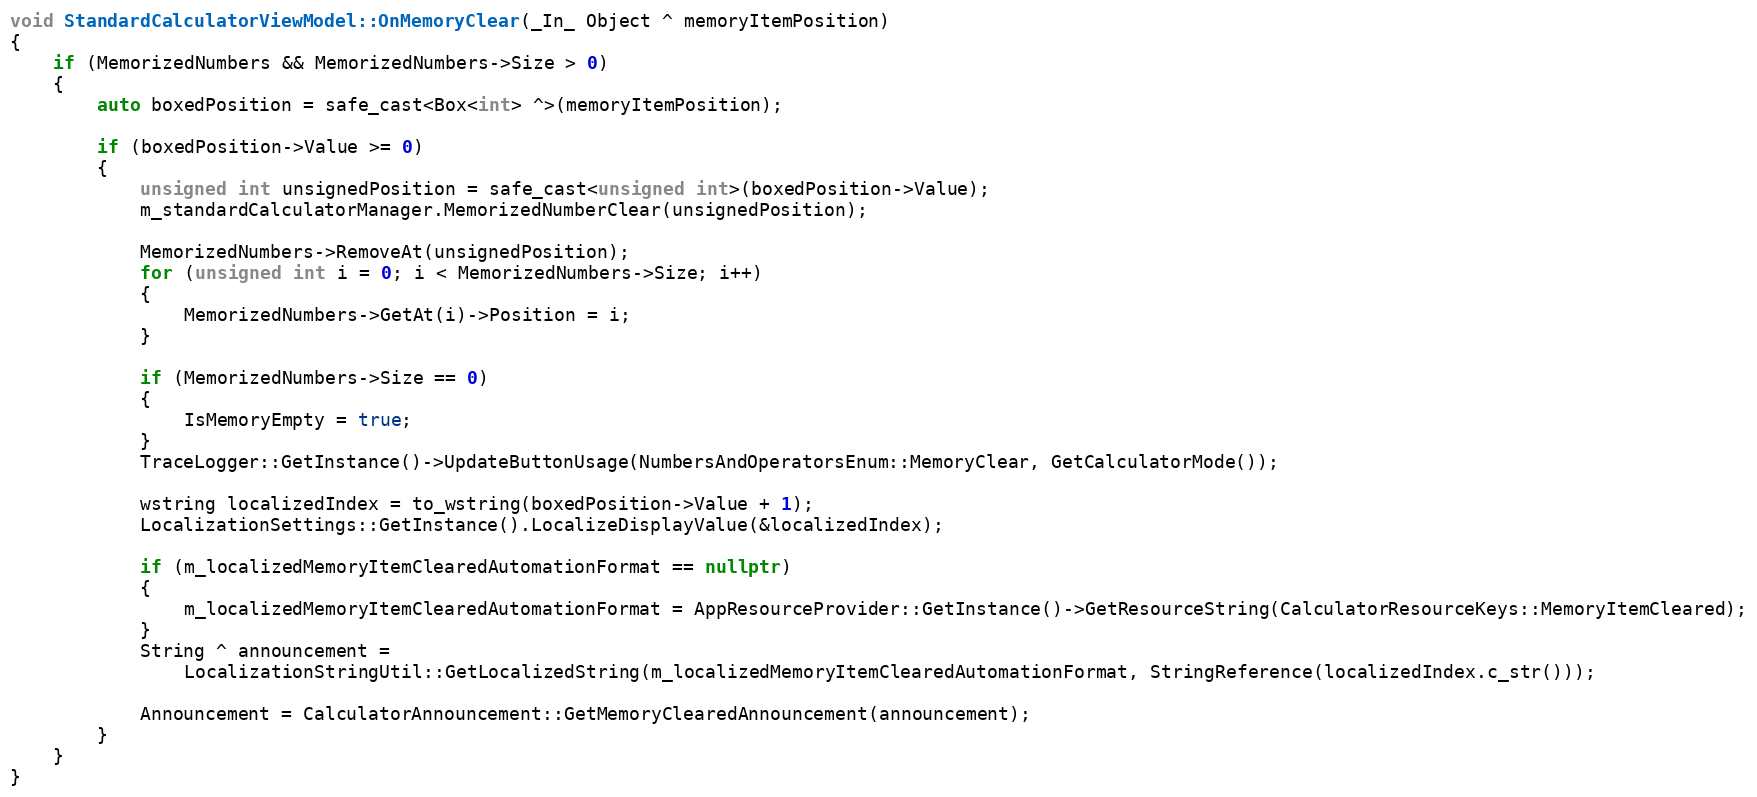
Language: C++
void StandardCalculatorViewModel::OnMemoryClear(_In_ Object ^ memoryItemPosition)
{
    if (MemorizedNumbers && MemorizedNumbers->Size > 0)
    {
        auto boxedPosition = safe_cast<Box<int> ^>(memoryItemPosition);

        if (boxedPosition->Value >= 0)
        {
            unsigned int unsignedPosition = safe_cast<unsigned int>(boxedPosition->Value);
            m_standardCalculatorManager.MemorizedNumberClear(unsignedPosition);

            MemorizedNumbers->RemoveAt(unsignedPosition);
            for (unsigned int i = 0; i < MemorizedNumbers->Size; i++)
            {
                MemorizedNumbers->GetAt(i)->Position = i;
            }

            if (MemorizedNumbers->Size == 0)
            {
                IsMemoryEmpty = true;
            }
            TraceLogger::GetInstance()->UpdateButtonUsage(NumbersAndOperatorsEnum::MemoryClear, GetCalculatorMode());

            wstring localizedIndex = to_wstring(boxedPosition->Value + 1);
            LocalizationSettings::GetInstance().LocalizeDisplayValue(&localizedIndex);

            if (m_localizedMemoryItemClearedAutomationFormat == nullptr)
            {
                m_localizedMemoryItemClearedAutomationFormat = AppResourceProvider::GetInstance()->GetResourceString(CalculatorResourceKeys::MemoryItemCleared);
            }
            String ^ announcement =
                LocalizationStringUtil::GetLocalizedString(m_localizedMemoryItemClearedAutomationFormat, StringReference(localizedIndex.c_str()));

            Announcement = CalculatorAnnouncement::GetMemoryClearedAnnouncement(announcement);
        }
    }
}